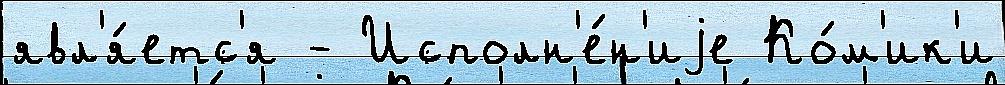
явл'я́етс'я - Исполн'е́н'иjе Ко́м'ик'и